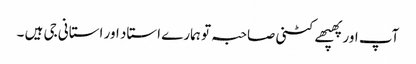
آپ اور پھپھے کٹنی صاحبہ تو ہمارے استاد اور استانی جی ہیں ۔